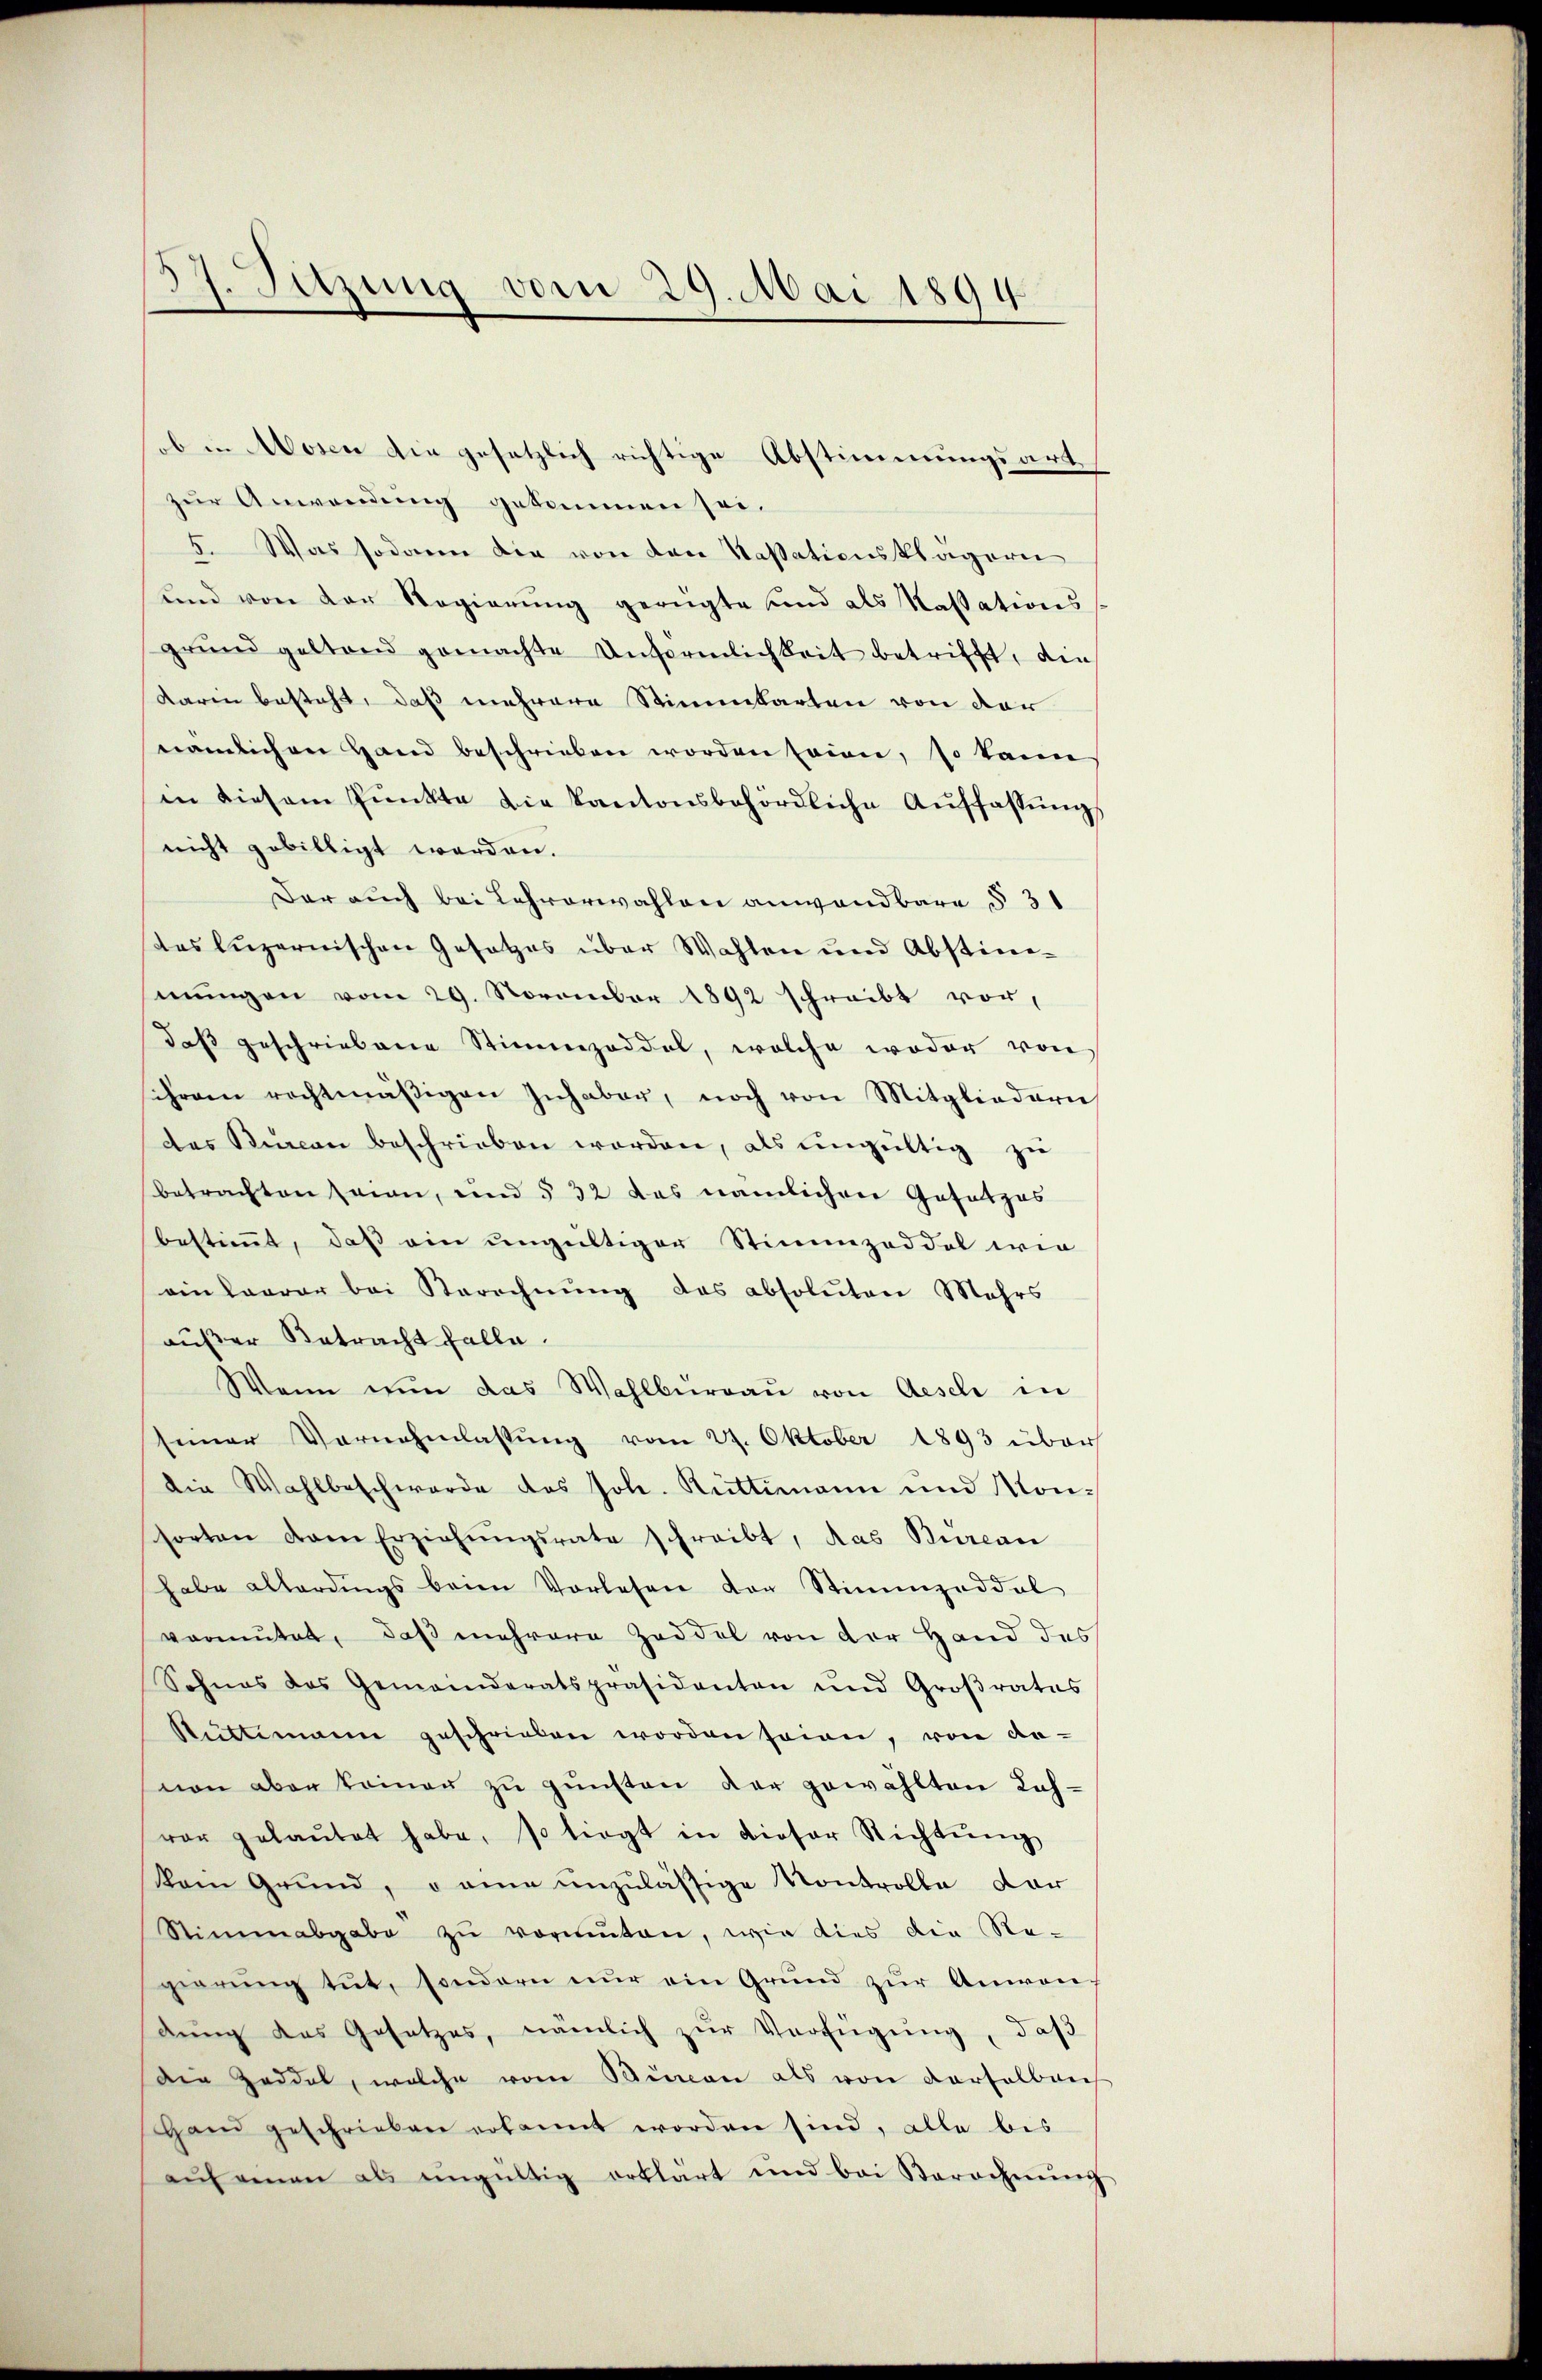
ob in Wosen die gesetzlich richtige Abstimmungsartzur Anwendung gekommen sei.
5. Was sodann die von den Kassationsklägern
und von der Regierung gerügte und als Kassations
grŭnd geltend gemachte Unförmlichkeit betrifft, die
darin besteht, daß mehrere Stimmbarten von der
nämlichen Hand beschrieben worden sein, so kann
in diesem Pŭnkte die Kantonsbehördliche Aŭffassŭng
nicht gebilligt werden.
Dar auch bei Lehrerwählen anwendbare § 31
des Luzernischen Gesetzes über Wahlen und Abstim-
mungen vom 29. November 1892 schreibt vor,
daβ geschriebene Stimmzeddel, welche weder von
ihrem rechtmäßigen Inhaber, noch von Mitgliedern
des Kŭrcan beschrieben worden, als ŭngültig zu
betrachten seien, und § 32 das nämlichen Gesetzes
bestimmt, daß ein ungültiger Stimmzeddel wie
einlagrar bei Berechnung das absoluten Mehrs
außer Betracht falle.
Wenn nun das Wahlbureau von Aeschi in
seiner Vernehmlassŭng vom 27. Oktober 1893 über
die Wahlbeschwerde des Joh. Rüttimann und Montorten den Erziehŭngsrate schreibt, das Bureau
habe allerdings beim Vorlesen der Stimmzeddel
vermutet, daß mehrere Zeddel von der Hand des
Sohnes das Gemeinderatspräsidenten und Groβrates
Rüttimann geschrieben worden seien, von da-
von aber keiner zu gunsten der gewählten Lahvor gelaŭtet habe, so liegt in dieser Richtŭng
kam Grund, o eine unzulässige Kontrolle dar
Stimmabgabe zŭ vermuten, wie dies die Re-
gierŭng tut, sondern nŭr ein Grund zŭr Anwan
dung des Gesetzes, nämlich zur Verfügung, daß
die Zeddel, welche vom Sinnen als von derselben
HHand geschrieben erkannt worden sind, alle bis
aŭf einen als eingültig erklärt und bei Barochnŭng

. Sitzung vom 29. Mai 1894